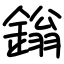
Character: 鎓